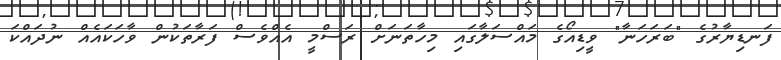
ފަނޑިޔާރުގެ "ބަރަހަނާ" ވީޑިއޯގެ މައްސަލާގައި މިހާތަނަށް ރަސްމީ އެއްވެސް ފަރާތަކުން ވާހަކައެއް ނުދައްކަ